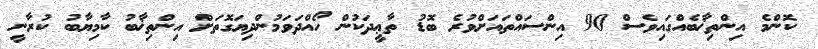
ކޮންމެ އިންތިޚާބެއްގައިވެސް 90 އިންސައްތައަށްވުރެ ބޮޑު ތާޢީދަކުން ހޯއްދަވަމުންދިޔަގޮތަށް އިންތިޚާބު ކާމިޔާބު ކުރާނީ